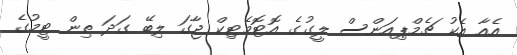
އެއާ އެކު ޗެމްޕިއަންސް ލީގުގެ އޮޓޮމެޓިކް ޖާގަ ލިބޭ ގަދަ ތިން ޓީމުގެ